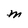
Character: M